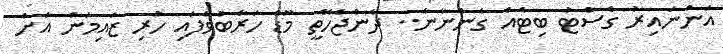
އަންނައިރު ގެސްޓު ބިޓެއް ގެންނާނެ.. ދާންޖެހޭތީ މޫޑް ހަރާބުވެފައި ހުރި ޒައިމަން އަށް